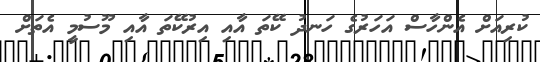
ކުރިއަށް އެންހާސް އަހަރުގެ ހަނދު ކޭތަ އާއި އިރުކޭތަ އާއި މޫސުމީ އެތަށް